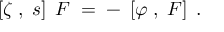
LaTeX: \left[ \zeta \; , \; s \right] \; F \; = \; - \; \left[ \varphi \; , \; F \right] \; .